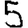
Digit: 5